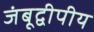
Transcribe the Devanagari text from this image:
जंबूद्वीपीय